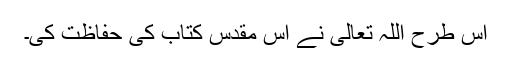
اس طرح اللہ تعالی نے اس مقدس کتاب کی حفاظت کی۔